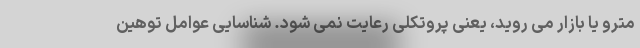
مترو یا بازار می روید، یعنی پروتکلی رعایت نمی شود. شناسایی عوامل توهین